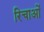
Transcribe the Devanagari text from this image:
रिचाओं